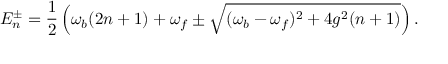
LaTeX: E _ { n } ^ { \pm } = \frac { 1 } { 2 } \left( \omega _ { b } ( 2 n + 1 ) + \omega _ { f } \pm \sqrt { ( \omega _ { b } - \omega _ { f } ) ^ { 2 } + 4 g ^ { 2 } ( n + 1 ) } \right) .